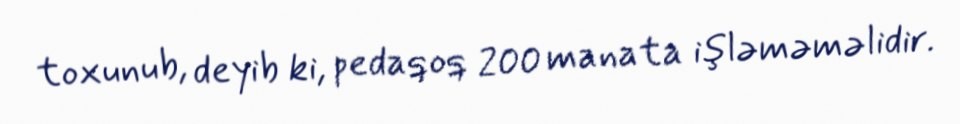
toxunub, deyib ki, pedaqoq 200 manata işləməməlidir.